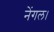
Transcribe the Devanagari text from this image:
नेंगल।